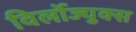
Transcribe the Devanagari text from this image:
विर्लोज्युक्स